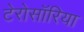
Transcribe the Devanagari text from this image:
टेरोसॉरिया